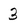
Character: 3